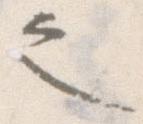
之